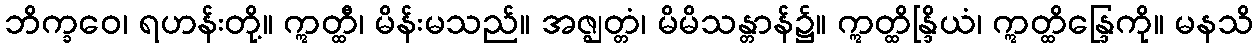
ဘိက္ခဝေ၊ ရဟန်းတို့။ ဣတ္ထီ၊ မိန်းမသည်။ အဇ္ဈတ္တံ၊ မိမိသန္တာန်၌။ ဣတ္ထိန္ဒြိယံ၊ ဣတ္ထိန္ဒြေကို။ မနသိ